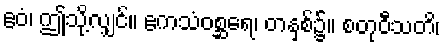
ဧဝံ၊ ဤသို့လျှင်။ ဧကသံဝစ္ဆရေ၊ တနှစ်၌။ စတုဝီသတိ၊